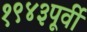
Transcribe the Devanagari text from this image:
१९४३पूर्वी